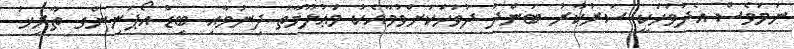
ނަމަވެސް އެދުވަހަކީ ސަރުކާރު ބަންދު ދުވަހަކަށްވުމާއެކު މަޢުލޫމާތު ދިނުމާއި ބިޑް އޯޕަނިންގ ތާރީޚު